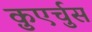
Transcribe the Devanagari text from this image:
क़ुएर्चुस